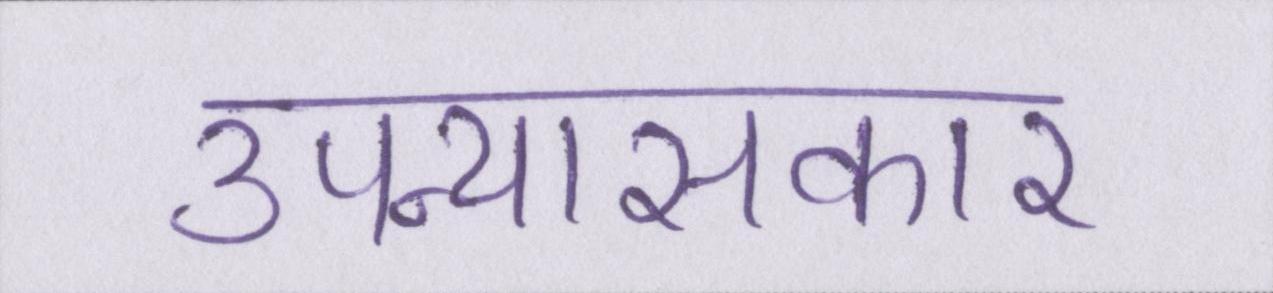
उपन्यासकार